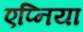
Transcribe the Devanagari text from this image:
एप्निया